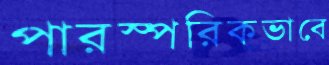
পারস্পরিকভাবে